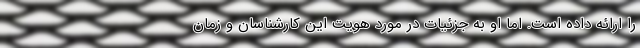
را ارائه داده است. اما او به جزئیات در مورد هویت این کارشناسان و زمان